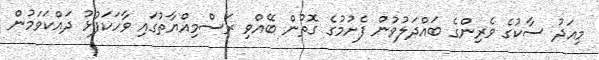
މިއަދު ސާކުގެ ވެރިންގެ ބައްދަލުވުން ފެށުމުގެ ގޮތުން ބޭއްވި ރަސްމިއްޔާތުގައި ވާހަކަފުޅު ދައްކަވަމުން